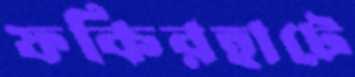
ফকিরহাটে